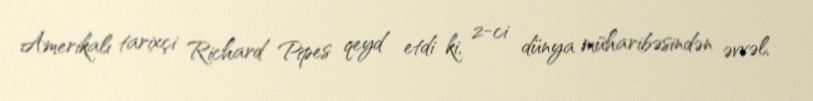
Amerikalı tarixçi Richard Pipes qeyd etdi ki, 2-ci dünya müharibəsindən əvvəl,